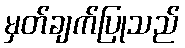
မှတ်ချက်ပြုသည်